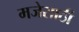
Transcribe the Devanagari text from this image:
मजेसाठी